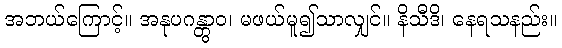
အဘယ်ကြောင့်။ အနုပဂန္တွာဝ၊ မဖယ်မူ၍သာလျှင်။ နိသီဒိ၊ နေရသနည်း။